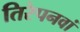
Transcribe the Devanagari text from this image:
तिरेपनवां